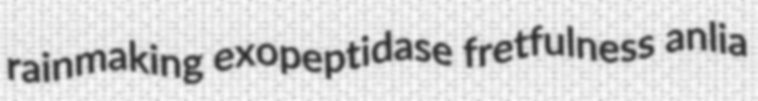
rainmaking exopeptidase fretfulness anlia